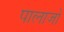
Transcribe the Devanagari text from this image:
पालाजो